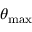
\theta _ { \mathrm { m a x } }